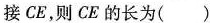
接CE，则CE的长为( )